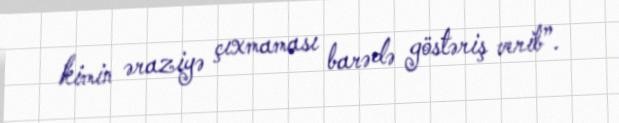
kimin əraziyə çıxmaması barədə göstəriş verib”.